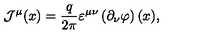
{ \mathcal J } ^ { \mu } ( x ) = \frac { q } { 2 \pi } \varepsilon ^ { \mu \nu } \left( \partial _ { \nu } \varphi \right) ( x ) ,